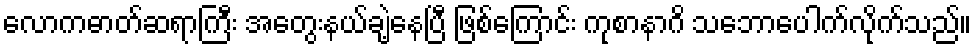
လောကဓာတ်ဆရာကြီး အတွေးနယ်ချဲ့နေပြီ ဖြစ်ကြောင်း ကုစာနာဂိ သဘောပေါက်လိုက်သည်။